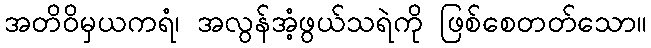
အတိဝိမှယကရံ၊ အလွန်အံ့ဖွယ်သရဲကို ဖြစ်စေတတ်သော။